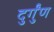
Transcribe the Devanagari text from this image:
दुर्गुंण